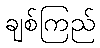
ချစ်ကြည်